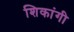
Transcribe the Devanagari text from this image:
शिकांगी